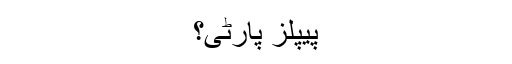
پیپلز پارٹی؟